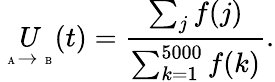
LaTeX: \underset{\mathrm{~\tiny~A~}\to\mathrm{~\tiny~B~}}{U}(t)=\frac{\sum_{j}f(j)}{\sum_{k=1}^{5000}f(k)}.